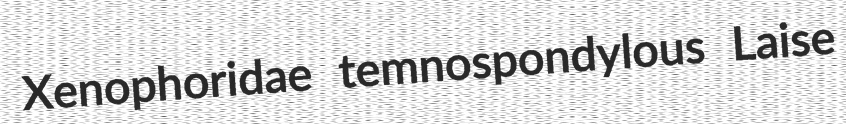
Xenophoridae temnospondylous Laise